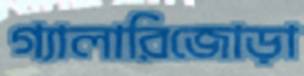
গ্যালারিজোড়া